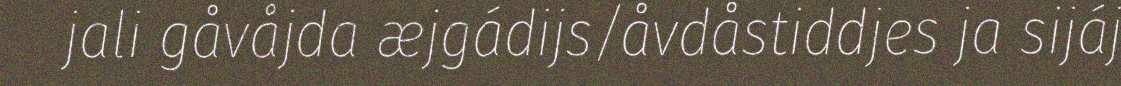
jali gåvåjda æjgádijs/åvdåstiddjes ja sijáj